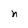
Character: n